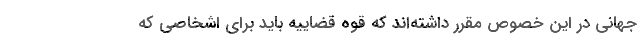
جهانی در این خصوص مقرر داشته‌اند که قوه قضاییه باید برای اشخاصی که